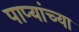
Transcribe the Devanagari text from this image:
पाप्यांच्या